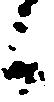
候